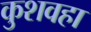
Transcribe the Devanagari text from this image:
कुशवहा